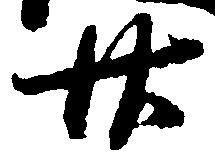
廿